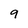
Character: 9